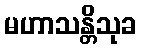
မဟာသန္တိသုခ